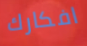
افكارك